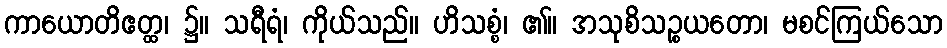
ကာယောတိဧတ္ထ၊ ၌။ သရီရံ၊ ကိုယ်သည်။ ဟိသစ္စံ၊ ၏။ အသုစိသဉ္စယတော၊ မစင်ကြယ်သော